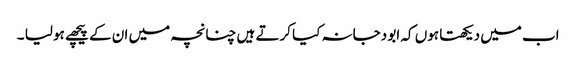
اب میں دیکھتا ہوں کہ ابو دجانہ کیا کرتے ہیں چنانچہ میں ان کے پیچھے ہو لیا ۔